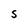
Character: S